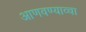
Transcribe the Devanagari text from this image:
आणवण्याव्चा